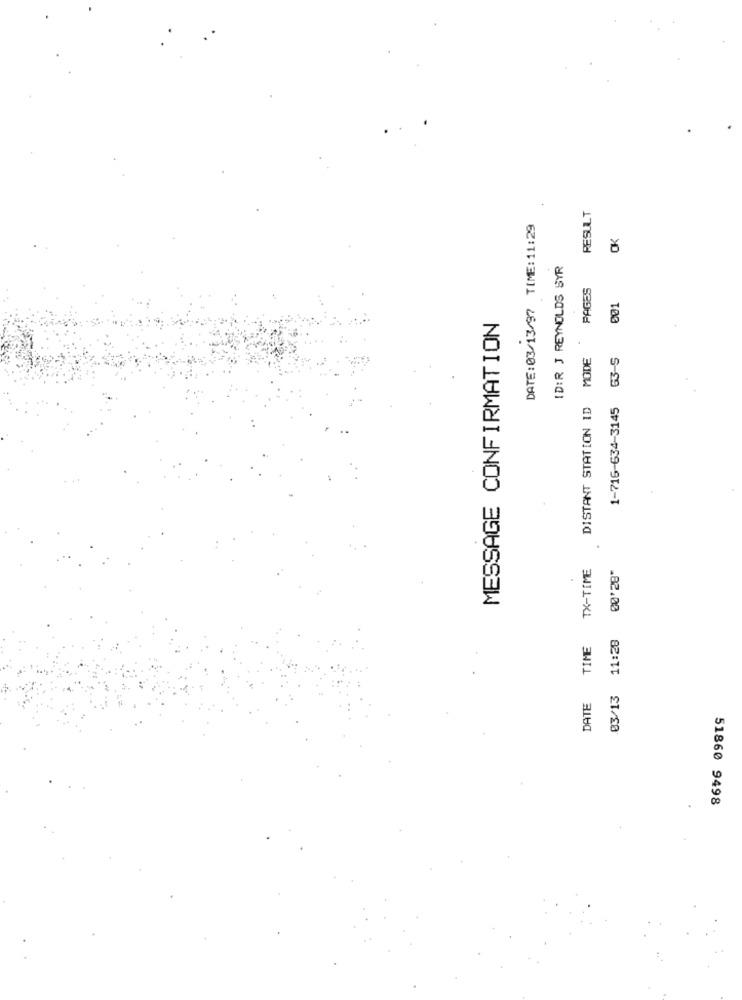
RESULT
DATE:03/13/97 TIME:11:29
OK
ID:R J REYNOLDS SYR
PAGES
001
MESSAGE CONFIRMATION
DISTANT STATION ID MODE
1-716-634-3145 63-S
TX-TIME
00'28"
03/13 11:28
TIME
DATE
51860 9498